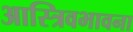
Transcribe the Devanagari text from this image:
आस्त्रिवभावना